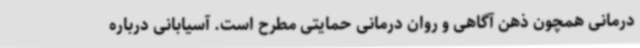
درمانی همچون ذهن آگاهی و روان درمانی حمایتی مطرح است. آسیابانی درباره